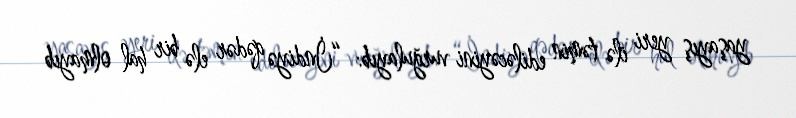
yaşayış yeri ilə təmin ediləcəyini vurğulayıb: “İndiyə qədər elə bir hal olmayıb